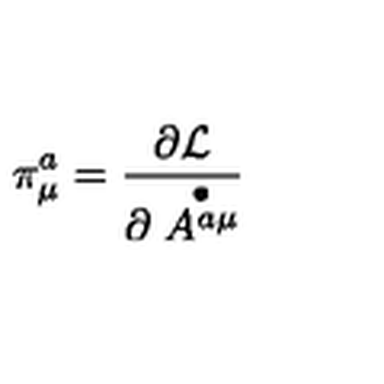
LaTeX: \pi _ { \mu } ^ { a } = \frac { \partial { \cal L } } { \partial \stackrel { \bullet } { A ^ { a \mu } } }